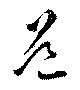
道